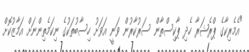
"އެމެރިކާގެ ޕްރެޝަރާ ހެދި ޕާކިސްތާން ސަރުކާރުން ވަނީ އަވަށު ހިސާބުތަކުގެ ނިކަމެތިންނަށް އަމާޒުކޮށް